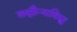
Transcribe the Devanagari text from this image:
शत्रूसैन्याविरुद्ध